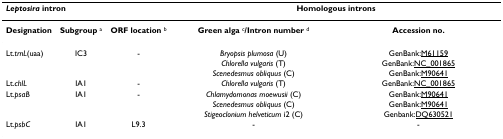
| <COLSPAN=3> Leptosira intron | <COLSPAN=2> Homologous introns |
 | --- | --- | --- | --- | --- |
 | Designation | Subgroup a | ORF location b | Green alga c/Intron number d | Accession no. |
 | Lt.trnL(uaa) | IC3 | - | Bryopsis plumosa (U) | GenBank:M61159 |
 |  |  |  | Chlorella vulgaris (T) | GenBank:NC_001865 |
 |  |  |  | Scenedesmus obliquus (C) | GenBank:M90641 |
 | Lt.chlL | IA1 | - | Chlorella vulgaris (T) | GenBank:NC_001865 |
 | Lt.psaB | IA1 | - | Chlamydomonas moewusii (C) | GenBank:M90641 |
 |  |  |  | Scenedesmus obliquus (C) | GenBank:M90641 |
 |  |  |  | Stigeoclonium helveticum i2 (C) | Genbank:DQ630521 |
 | Lt.psbC | IA1 | L9.3 | - | - |